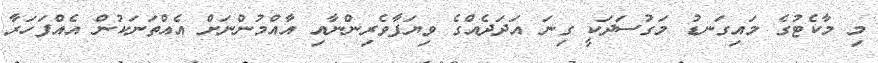
މި މާކެޓުގެ މައިގަނޑު މަގުސަދަކީ ގިނަ އަދަދެއްގެ ވިޔަފާވެރިންނާއި އާއްމުންނަށް އެއްތަނަކުން އެއްފަހަރާ